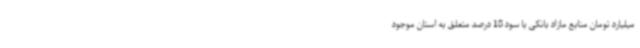
میلیارد تومان منابع مازاد بانکی با سود 18 درصد متعلق به استان موجود